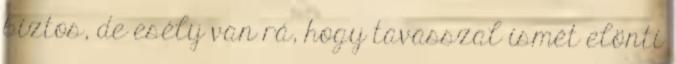
biztos, de esély van rá, hogy tavasszal ismét elönti